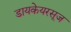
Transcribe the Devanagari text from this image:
डायकेयरसूज